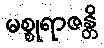
မစ္စုရာဇန္တိ